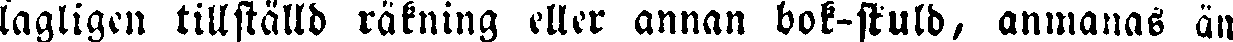
lagligen tillställd räkning eller annan bok-skuld, anmanas än